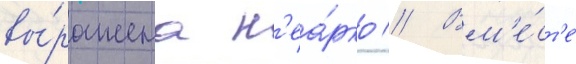
вы́ражена н'еа́рко // Вм'е́ст'е